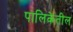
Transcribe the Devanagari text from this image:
पालिकेतील